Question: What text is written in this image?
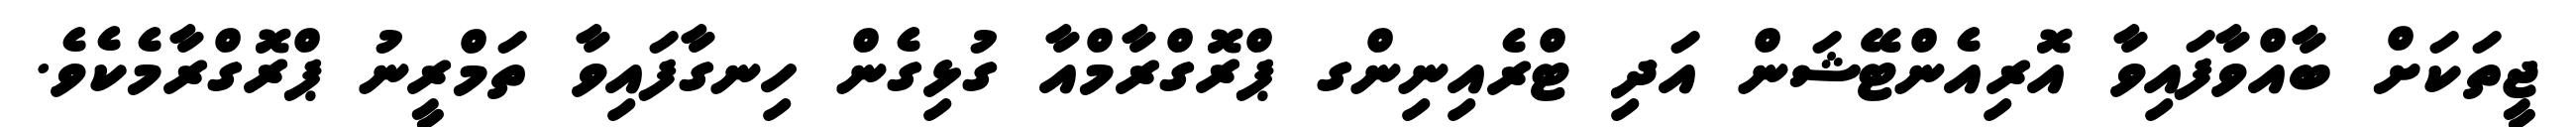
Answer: ޖީތަކަށް ބާއްވާފައިވާ އޮރިއެންޓޭޝަން އަދި ޓްރެއިނިންގ ޕްރޮގްރާމްއާ ގުޅިގެން ހިނގާފައިވާ ތަމްރީނު ޕްރޮގްރާމެކެވެ.